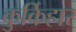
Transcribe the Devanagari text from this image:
कुर्किहार